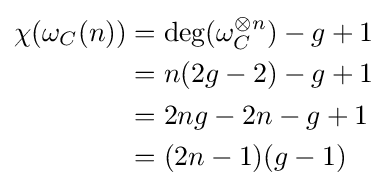
{\begin{aligned}\chi (\omega _{C}(n))&=\deg(\omega _{C}^{\otimes n})-g+1\\&=n(2g-2)-g+1\\&=2ng-2n-g+1\\&=(2n-1)(g-1)\end{aligned}}